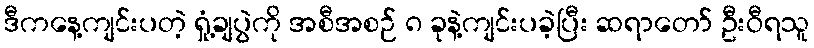
ဒီကနေ့ကျင်းပတဲ့ ရှုံ့ချပွဲကို အစီအစဉ် ၈ ခုနဲ့ကျင်းပခဲ့ပြီး ဆရာတော် ဦးဝီရသူ